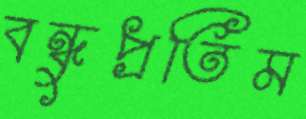
বন্ধুপ্রতিম